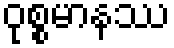
ဝုစ္စမာနဿ